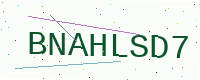
Text: BNAHLSD7